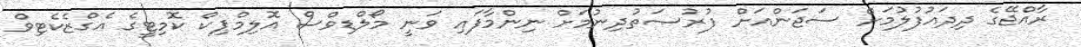
ރާއްޖޭގެ ދިދައުފުލުމަށް ސަޖަންއަށް ފުރުޞަތުދިނުމަށް ނިންމާފައި ވަނީ މޯލްޑިވްސް އޮލިމްޕިކް ކޮމިޓީގެ އެގްޒެކެޓިވް